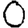
Digit: 0